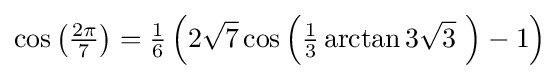
\cos \left({\tfrac {2\pi }{7}}\right)={\tfrac {1}{6}}\left(2{\sqrt {7}}\cos \left({\tfrac {1}{3}}\arctan 3{\sqrt {3}}~\right)-1\right)